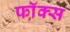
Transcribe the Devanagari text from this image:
फॉ़क्स